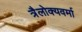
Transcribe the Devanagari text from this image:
त्रैलोक्यवर्मा